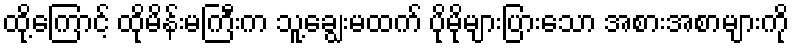
ထို့ကြောင့် ထိုမိန်းမကြီးက သူ့ချွေးမထက် ပိုမိုများပြားသော အစားအစာများကို